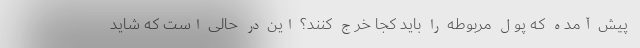
پیش آمده که پول مربوطه را باید کجا خرج کنند؟ این در حالی است که شاید